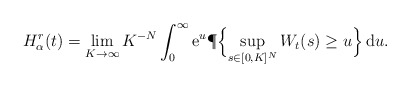
\begin{align*} H_\alpha^r(t)=\lim_{K\to\infty}K^{-N}\int_0^\infty \mathrm{e}^u\P\Bigl\{ \sup_{s\in[0,K]^N} W_t(s)\ge u \Bigr\}\,\mathrm{d}u.\end{align*}